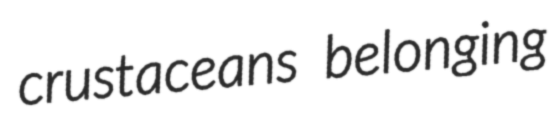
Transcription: crustaceans belonging